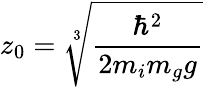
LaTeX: z_{0}=\sqrt[3]{\frac{\hbar^{2}}{2m_{i}m_{g}g}}